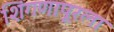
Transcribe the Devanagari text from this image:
शिंगणापूरला